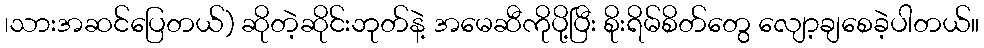
၊သားအဆင်ပြေတယ်) ဆိုတဲ့ဆိုင်းဘုတ်နဲ့ အမေဆီကိုပို့ပြီး စိုးရိမ်စိတ်တွေ လျော့ချစေခဲ့ပါတယ်။